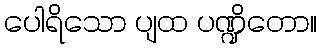
ပေါရိသော ပျထ ပဏ္ဍိတော။